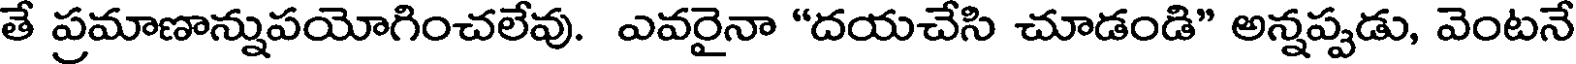
తే ప్రమాణాన్నుపయోగించలేవు. ఎవరైనా "దయచేసి చూడండి" అన్నప్పడు, వెంటనే